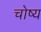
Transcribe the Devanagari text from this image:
चोष्‍य